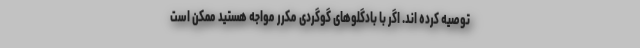
توصیه کرده اند. اگر با بادگلوهای گوگردی مکرر مواجه هستید ممکن است